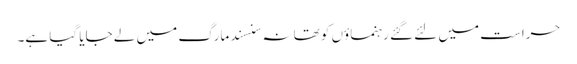
حراست میں لئے گئے رہنماؤں کو تھانہ سنسند مارگ میں لے جایا گیا ہے۔